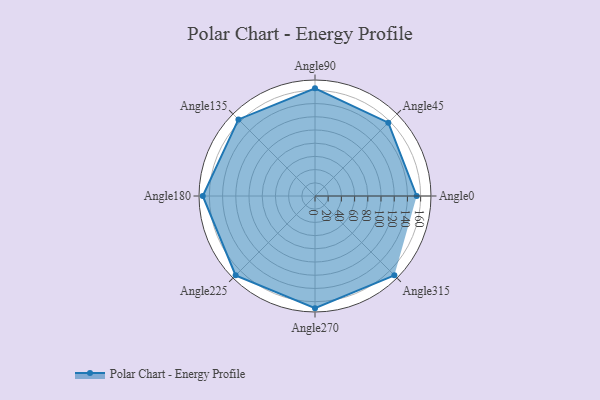
{"axis": {"x": "Angle", "y": "Radius"}, "legend": [""], "data": [{"x": "Angle0", "y": 154.0, "type": ""}, {"x": "Angle45", "y": 157.0, "type": ""}, {"x": "Angle90", "y": 163.0, "type": ""}, {"x": "Angle135", "y": 164.0, "type": ""}, {"x": "Angle180", "y": 170, "type": ""}, {"x": "Angle225", "y": 170, "type": ""}, {"x": "Angle270", "y": 170, "type": ""}, {"x": "Angle315", "y": 170, "type": ""}]}